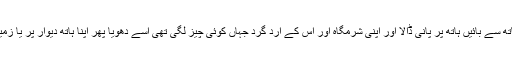
پھر دائیں ہاتھ سے بائیں ہاتھ پر پانی ڈالا اور اپنی شرمگاہ اور اُس کے ارد گرد جہاں کوئی چیز لگی تھی اُسے دھویا پھر اپنا ہاتھ دیوار پر یا زمین پر رگڑا۔